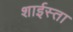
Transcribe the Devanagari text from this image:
शाईस्ता